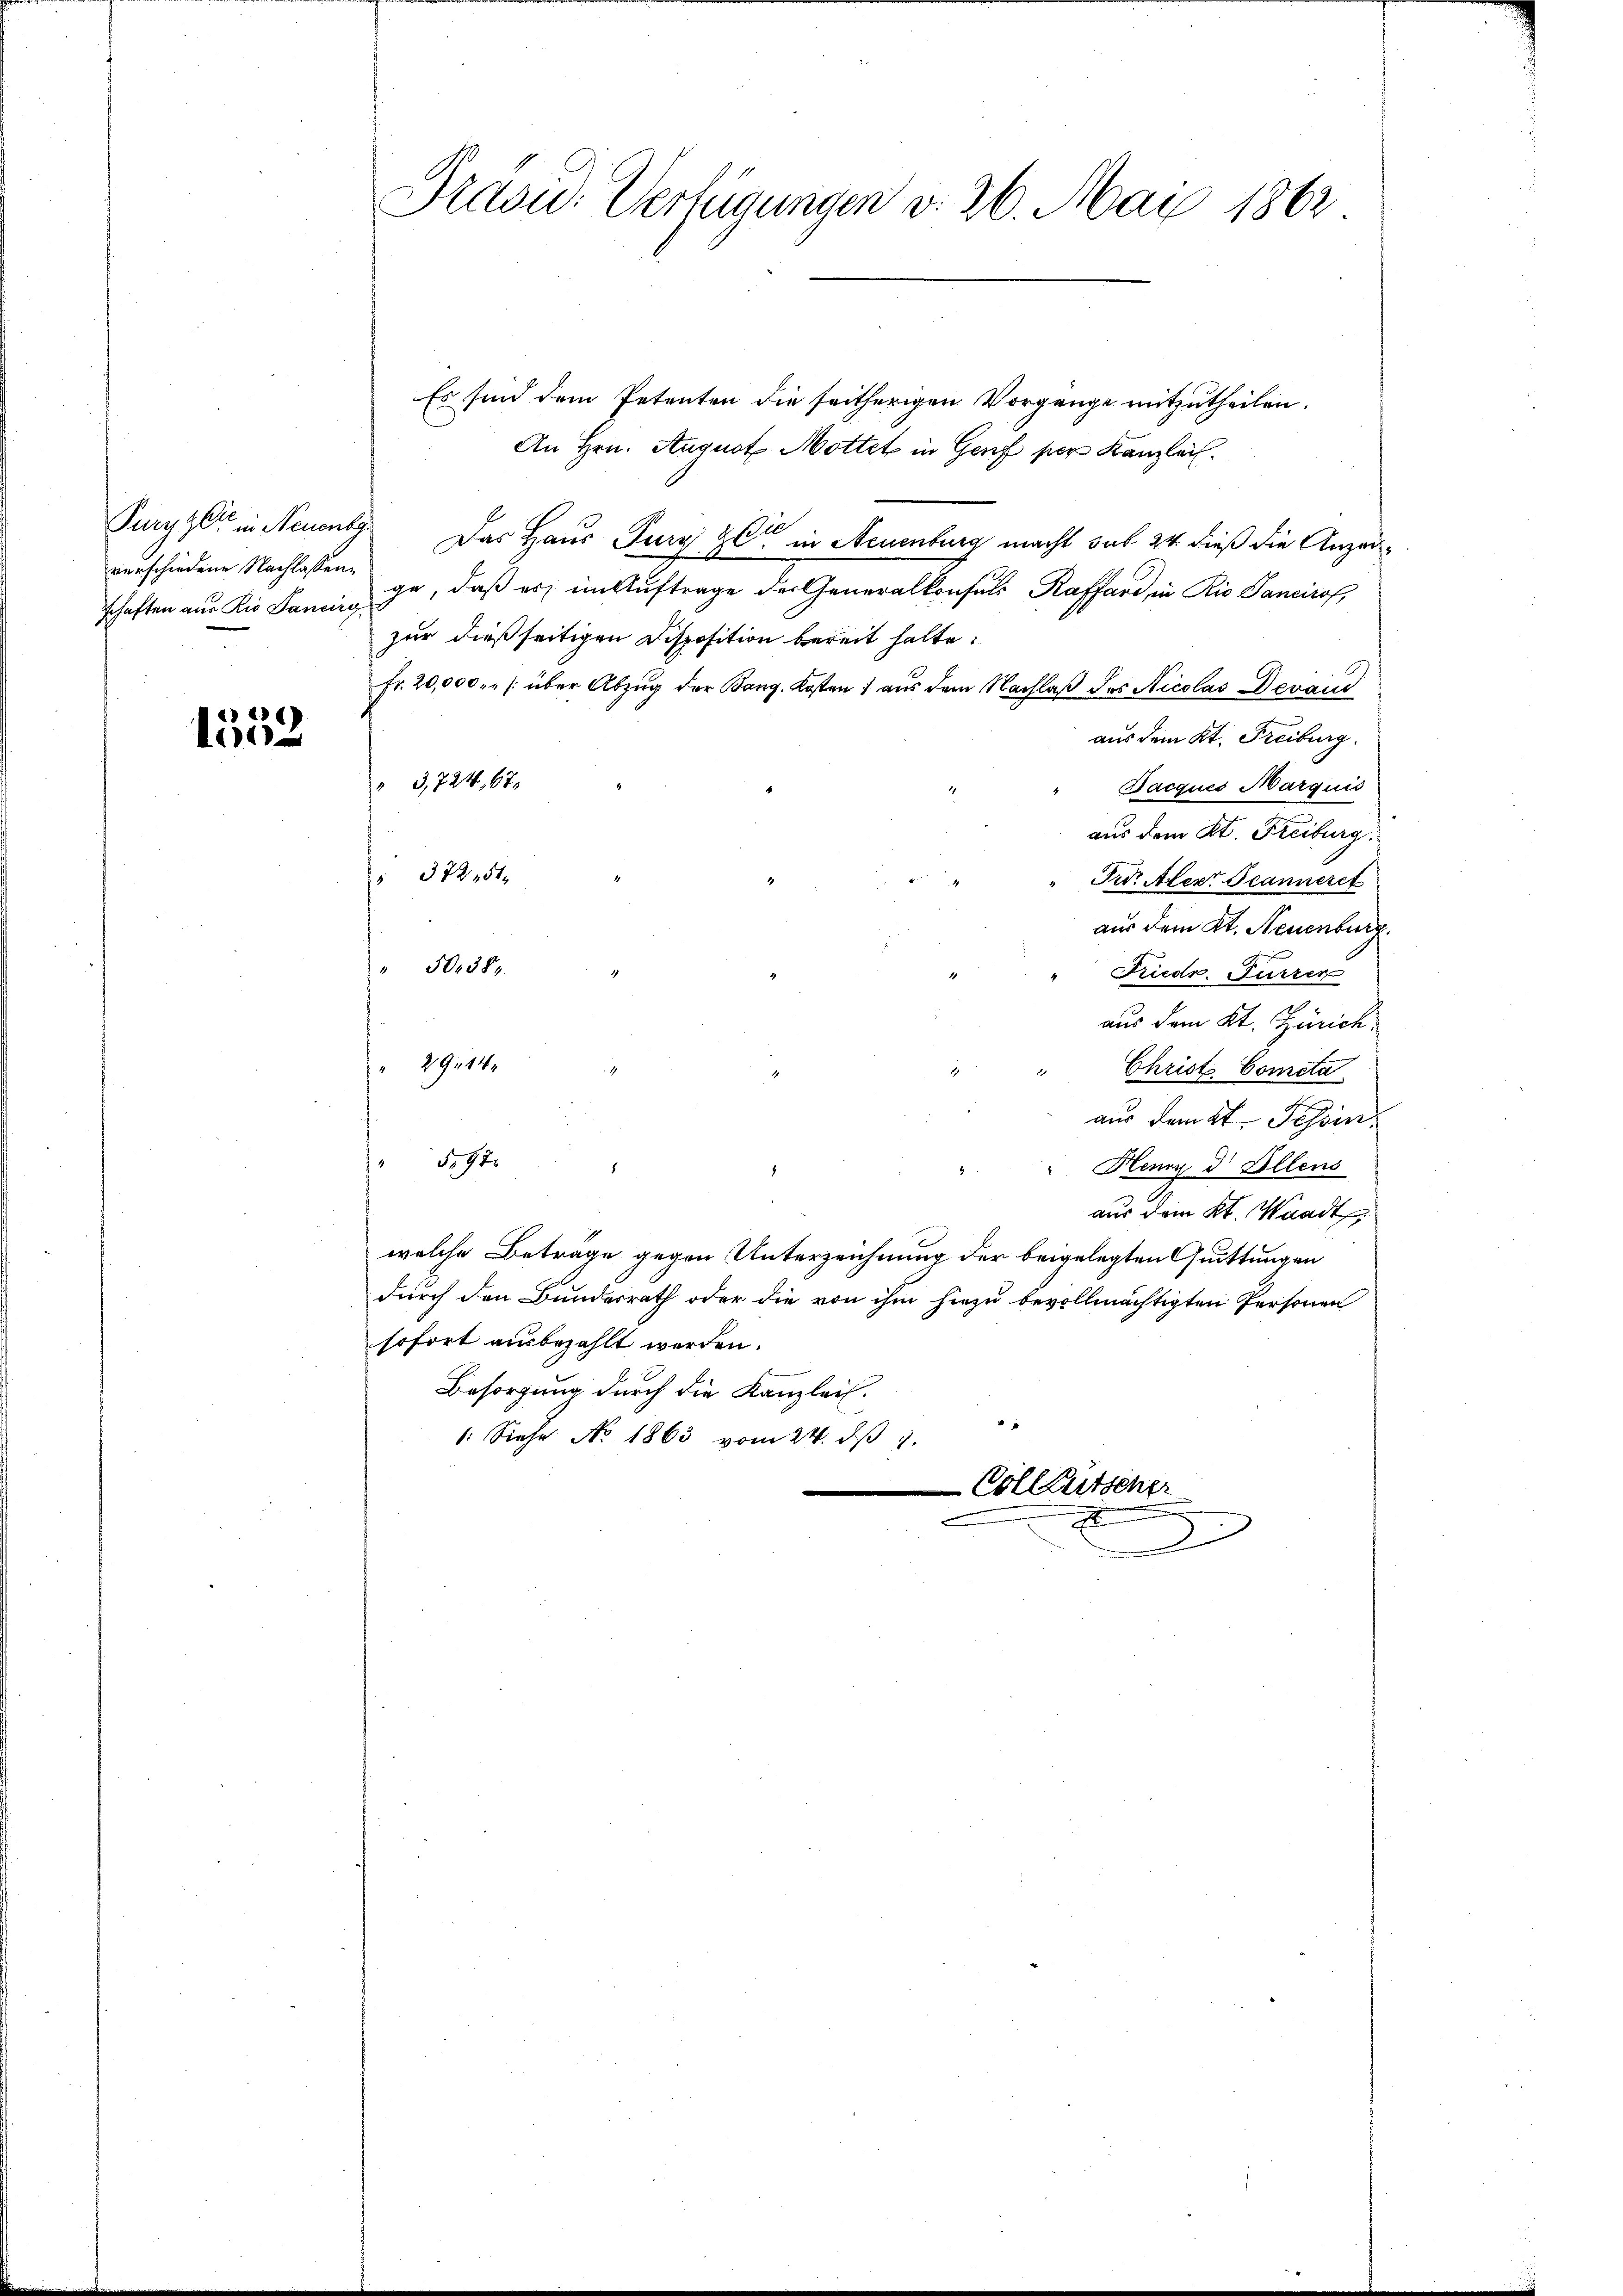
Puryzer in Neuenbe
verschiedene Nachlassenschaften aus Rio Sancirg,

1538

Präsid. Verfügungen d. 26. Mai 1862

Es sind dem Petenten die seitherigen Vorgange mitzutheilen.
An Hrn. August. Mottet in Genf per Kanzlei.
Das Haus Jury zu in Neuenburg macht sub 24. dieß die Anzeige, daß es im Auftrage der Generalkonsuls Raffard, in Rio Sancirof,
zur dießseitigen Disposition bereit hatte.
Fr. 20,000 . /: über Abzug der Bang. Kosten) aus dem Nachlaß des Nicolas Devau
aus dem Kt. Freiburg.
" 3,724, 67.
Bacques Marquis
aus dem St. Freiburg.
 372,51
Frd. Aber Scanneret
aus dem Kt. Neuenburg.
" 50. 588.
Friedr. Furren
aus dem Kt. Zürich
29114
" Christ Cometa
aus damit Tessin,
 597.
Herz d. Ellens
aus dem Kt. Waadt
welche Betrage gegen Unterzeichnung der beigelegten Quittungen
durch den Bundesrath oder die von ihm hiezu bevollmächtigten Personen
sofort ausbezahlt werden.
Besorgung durch die Kanzlei.
1. Siehe No 1863 vom 24. dβ 1.
Colleutscher
2